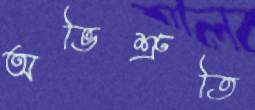
অভিশ্রুতি